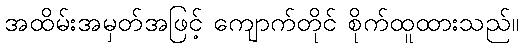
အထိမ်းအမှတ်အဖြင့် ကျောက်တိုင် စိုက်ထူထားသည်။